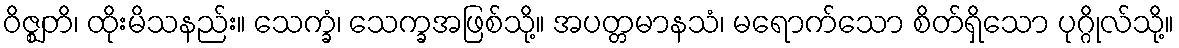
ဝိဇ္ဈတိ၊ ထိုးမိသနည်း။ သေက္ခံ၊ သေက္ခအဖြစ်သို့။ အပတ္တမာနသံ၊ မရောက်သော စိတ်ရှိသော ပုဂ္ဂိုလ်သို့။